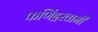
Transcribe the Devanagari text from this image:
फणिंद्रस्वामी